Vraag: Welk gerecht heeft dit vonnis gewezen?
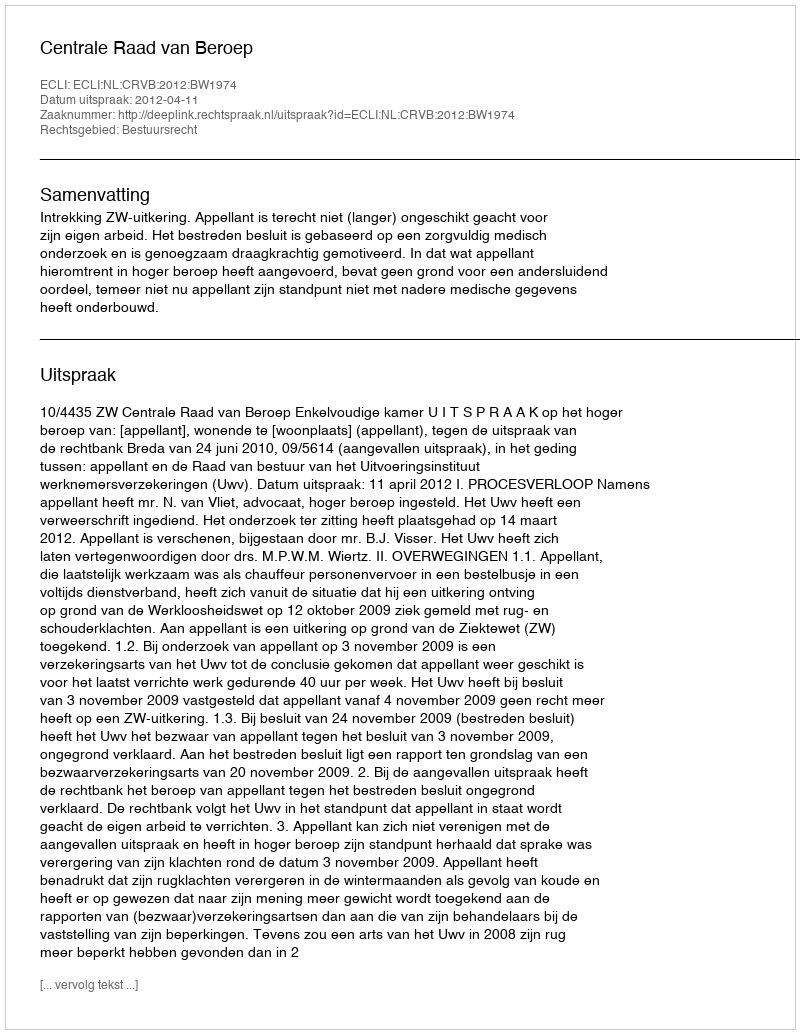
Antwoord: Centrale Raad van Beroep